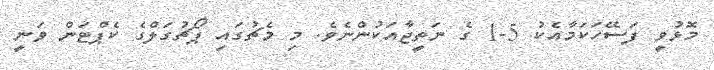
މޮޅުވީ ފަސޭހަކަމާއެކު 5-1 ގެ ނަތީޖާއަކުންނެވެ. މި މެޗުގައި ޕޯޗުގަލްގެ ކެޕްޓަން ވަނީ